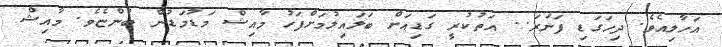
އަހާލިއެވެ. ދިހަގަޑި ފަނަރަ.. އަތުކުރީ ގަޑިއަށް ބަލައިލުމަށްފަހު މާއިޝް މަޑުމަޑުން ބުންޏެވެ. މާއިޝް